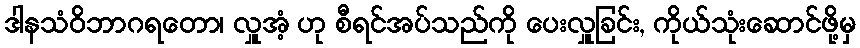
ဒါနသံဝိဘာဂရတော၊ လှူအံ့ ဟု စီရင်အပ်သည်ကို ပေးလှူခြင်း, ကိုယ်သုံးဆောင်ဖို့မှ